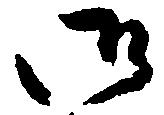
御